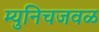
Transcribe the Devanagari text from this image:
म्युनिचजवळ